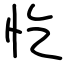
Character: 忔